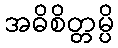
အဓိစိတ္တမ္ပိ